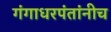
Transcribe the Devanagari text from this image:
गंगाधरपंतांनीच